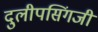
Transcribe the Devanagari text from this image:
दुलीपसिंगजी